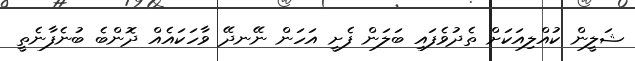
ޝަލީން ކުއްލިއަކަށް ތެދުވެފައި ބަލަން ފެށީ އަހަން ނޭނދޭ ވާހަކައެއް ދޮންބެ ބުނެފާނެތީ